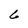
Character: 6